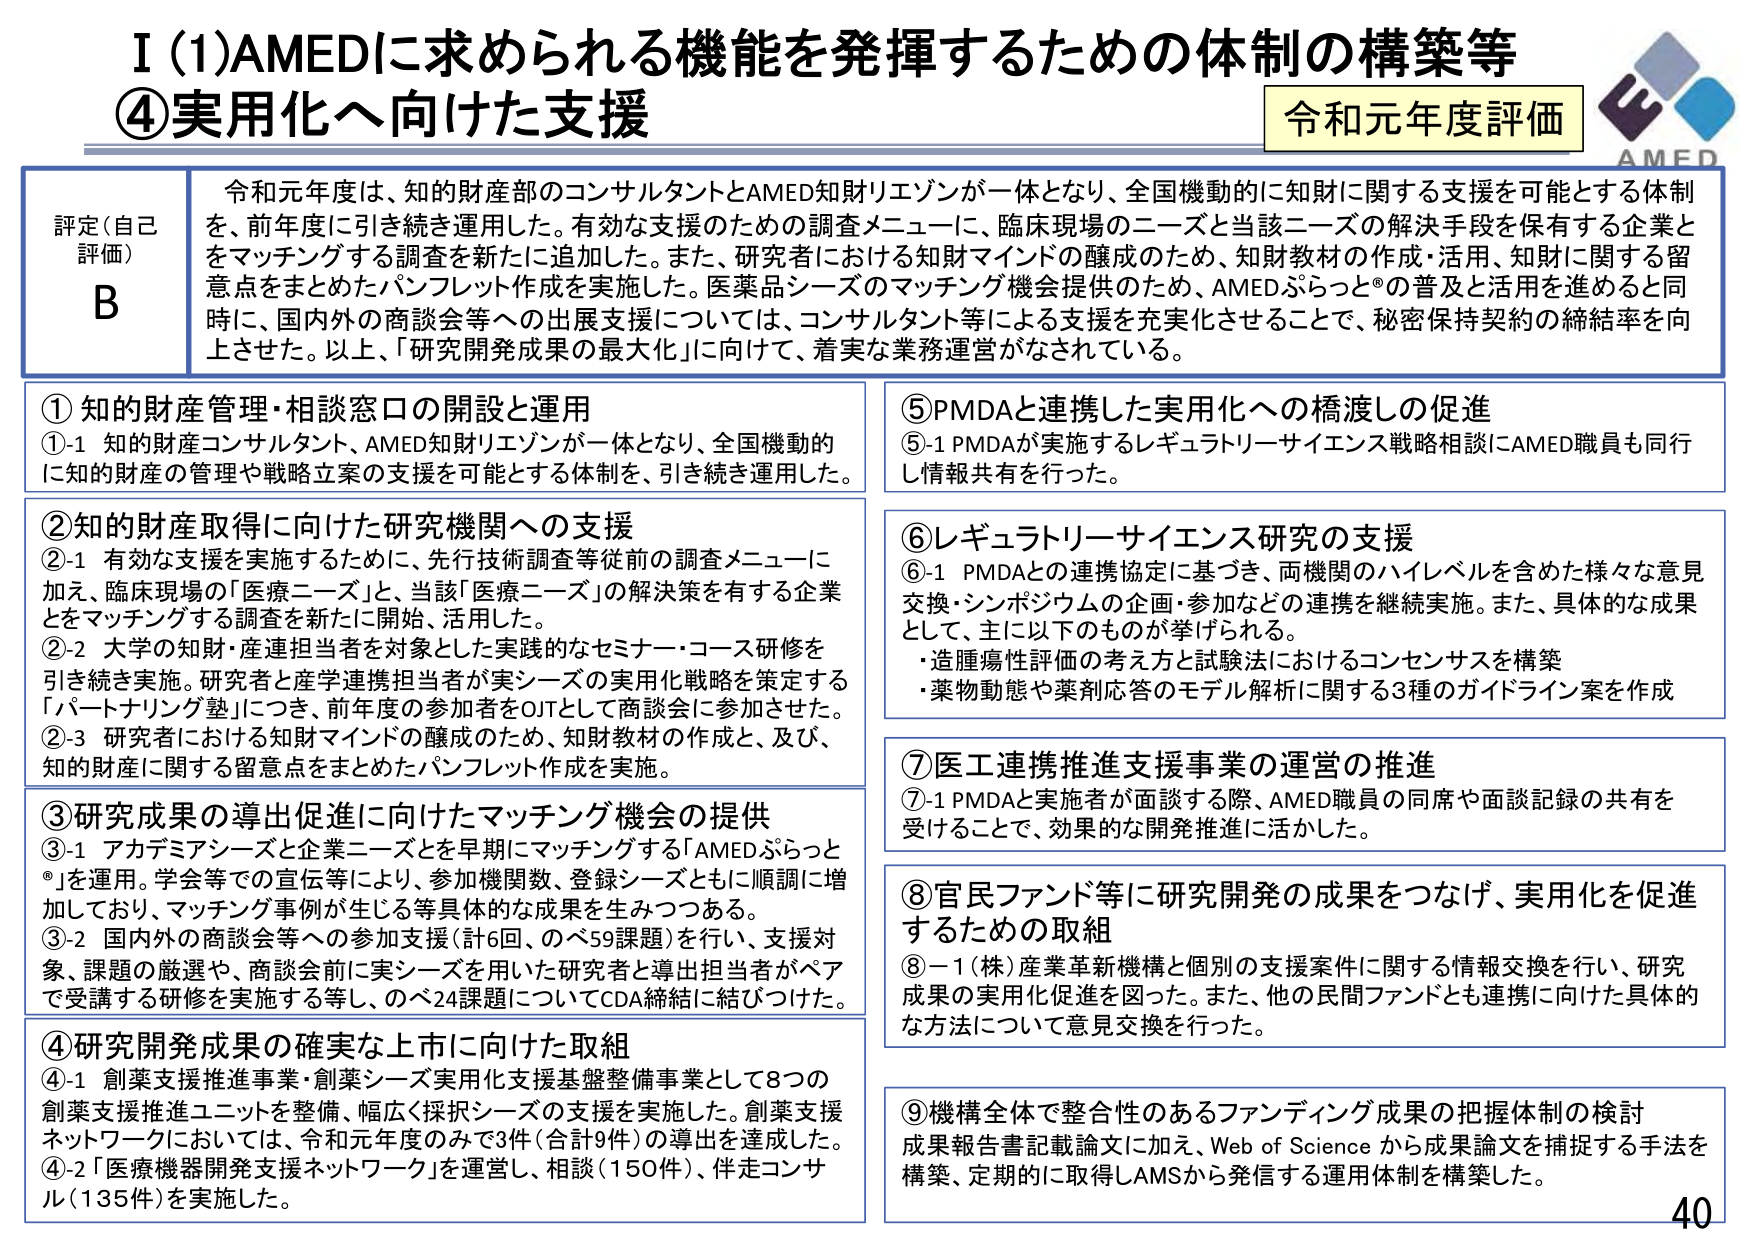
I (1) AMEDに求められる機能を発揮するための体制の構築等
④実用化へ向けた支援

令和元年度評価

評定（自己評価）
B

令和元年度は、知的財産部のコンサルタントとAMED知財リエゾンが一体となり、全国機動的に知財に関する支援を可能とする体制を、前年度に引き続き運用した。有効な支援のための調査メニューに、臨床現場のニーズと当該ニーズの解決手段を保有する企業とをマッチングする調査を新たに追加した。また、研究者における知財マインドの醸成のため、知財教材の作成・活用、知財に関する留意点をまとめたパンフレット作成を実施した。医薬品シーズのマッチング機会提供のため、AMEDぷらっと®の普及と活用を進めると同時に、国内外の商談会等への出展支援については、コンサルタント等による支援を充実化させることで、秘密保持契約の締結率を向上させた。以上、「研究開発成果の最大化」に向けて、着実な業務運営がなされている。

①知的財産管理・相談窓口の開設と運用
①-1 知的財産コンサルタント、AMED知財リエゾンが一体となり、全国機動的に知的財産の管理や戦略立案の支援を可能とする体制を、引き続き運用した。

②知的財産取得に向けた研究機関への支援
②-1 有効な支援を実施するために、先行技術調査等従前の調査メニューに加え、臨床現場の「医療ニーズ」と、当該「医療ニーズ」の解決策を有する企業とをマッチングする調査を新たに開始、活用した。
②-2 大学の知財・産連担当者を対象とした実践的なセミナー・コース研修を引き続き実施。研究者と産学連携担当者が実シーズの実用化戦略を策定する「パートナリング塾」につき、前年度の参加者をOJTとして商談会に参加させた。
②-3 研究者における知財マインドの醸成のため、知財教材の作成と、及び、知的財産に関する留意点をまとめたパンフレット作成を実施。

③研究成果の導出促進に向けたマッチング機会の提供
③-1 アカデミアシーズと企業ニーズとを早期にマッチングする「AMEDぷらっと®」を運用。学会等での宣伝等により、参加機関数、登録シーズとともに順調に増加しており、マッチング事例が生じる等具体的な成果を生みつつある。
③-2 国内外の商談会等への参加支援（計6回、のべ59課題）を行い、支援対象、課題の厳選や、商談会前に実シーズを用いた研究者と導出担当者がペアで受講する研修を実施する等し、のべ24課題についてCDA締結に結びつけた。

④研究開発成果の確実な上市に向けた取組
④-1 創薬支援推進事業・創薬シーズ実用化支援基盤整備事業として8つの創薬支援推進ユニットを整備、幅広く採択シーズの支援を実施した。創薬支援ネットワークにおいては、令和元年度のみで3件（合計9件）の導出を達成した。
④-2 「医療機器開発支援ネットワーク」を運営し、相談（150件）、伴走コンサル（135件）を実施した。

⑤PMDAと連携した実用化への橋渡しの促進
⑤-1 PMDAが実施するレギュラトリーサイエンス戦略相談にAMED職員も同行し情報共有を行った。

⑥レギュラトリーサイエンス研究の支援
⑥-1 PMDAとの連携協定に基づき、両機関のハイレベルを含めた様々な意見交換・シンポジウムの企画・参加などの連携を継続実施。また、具体的な成果として、主に以下のものが挙げられる。
・造腫瘍性評価の考え方と試験法におけるコンセンサスを構築
・薬物動態や薬剤応答のモデル解析に関する3種のガイドライン案を作成

⑦医工連携推進支援事業の運営の推進
⑦-1 PMDAと実施者が面談する際、AMED職員の同席や面談記録の共有を受けることで、効果的な開発推進に活かした。

⑧官民ファンド等に研究開発の成果をつなげ、実用化を促進するための取組
⑧-1 （株）産業革新機構と個別の支援案件に関する情報交換を行い、研究成果の実用化促進を図った。また、他の民間ファンドとも連携に向けた具体的な方法について意見交換を行った。

⑨機構全体で整合性のあるファンディング成果の把握体制の検討
成果報告書記載論文に加え、Web of Science から成果論文を捕捉する手法を構築、定期的に取得しAMSから発信する運用体制を構築した。

40